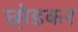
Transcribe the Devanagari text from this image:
छो़डकर